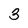
Character: 3